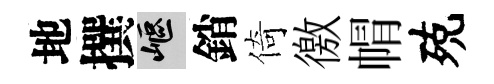
地撰嶇銷倚徼㡌殑